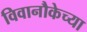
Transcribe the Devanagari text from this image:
विवानौकेच्या